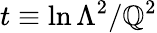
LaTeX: t\equiv\ln\Lambda^{2}/\mathbb{Q}^{2}